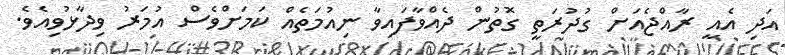
އަދި އެއީ ރާއްޖެއަށް ގުދުރަތީ ގޮތުން ދެއްވާފައިވާ ނިއުމަތެއް ކަމަށްވެސް އުމަރު ވިދާޅުވިއެވެ.